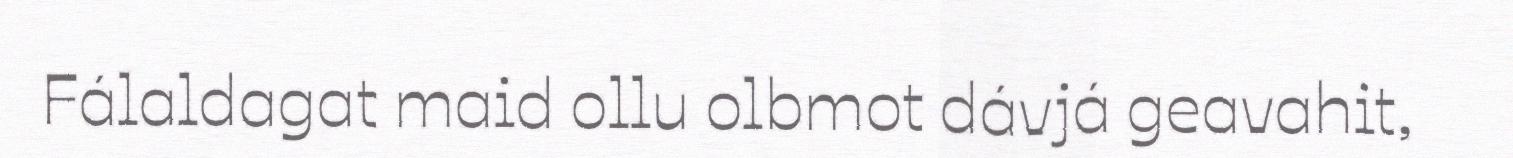
Fálaldagat maid ollu olbmot dávjá geavahit,